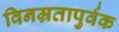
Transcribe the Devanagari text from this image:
विनम्रतापुर्वक